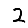
Digit: 2